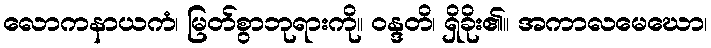
လောကနာယကံ၊ မြတ်စွာဘုရားကို။ ဝန္ဒတိ၊ ရှိခိုး၏။ အကာလမေဃော၊